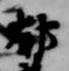
郁